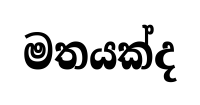
මතයක්ද